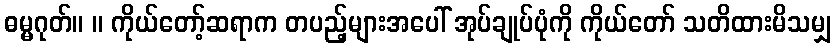
ဓမ္မဂုတ်။ ။ ကိုယ်တော့်ဆရာက တပည့်များအပေါ် အုပ်ချုပ်ပုံကို ကိုယ်တော် သတိထားမိသမျှ